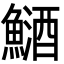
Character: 鿐